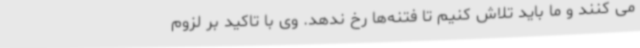
می کنند و ما باید تلاش کنیم تا فتنه‌ها رخ ندهد. وی با تاکید بر لزوم